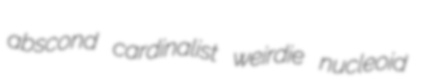
abscond cardinalist weirdie nucleoid